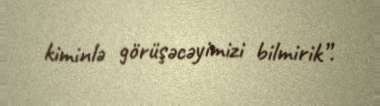
kiminlə görüşəcəyimizi bilmirik”.